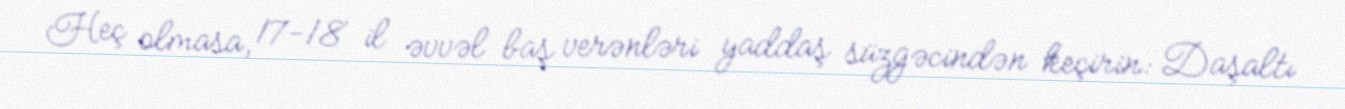
Heç olmasa, 17-18 il əvvəl baş verənləri yaddaş süzgəcindən keçirin: Daşaltı